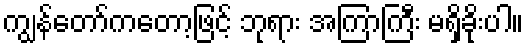
ကျွန်တော်ကတော့ဖြင့် ဘုရား အကြာကြီး မရှိခိုးပါ။